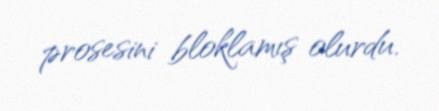
prosesini bloklamış olurdu.